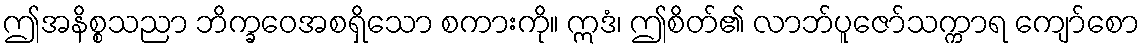
ဤအနိစ္စသညာ ဘိက္ခဝေအစရှိသော စကားကို။ ဣဒံ၊ ဤစိတ်၏ လာဘ်ပူဇော်သက္ကာရ ကျော်စော